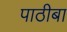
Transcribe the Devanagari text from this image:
पाठीबा